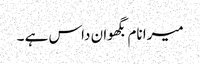
میرا نام بگھوان داس ہے ۔